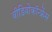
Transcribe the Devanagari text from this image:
वीडियोकॉन्फ्रेंस